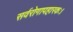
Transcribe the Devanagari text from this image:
सर्वरोगापहारकः।